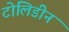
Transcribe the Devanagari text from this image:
टोलिडीन